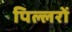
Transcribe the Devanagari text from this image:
पिल्लरों